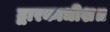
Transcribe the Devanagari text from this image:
द्वारकाधीश॥